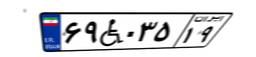
۶۹W۰۳۵۱۹